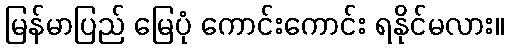
မြန်မာပြည် မြေပုံ ကောင်းကောင်း ရနိုင်မလား။